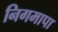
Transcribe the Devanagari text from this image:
निगमापा